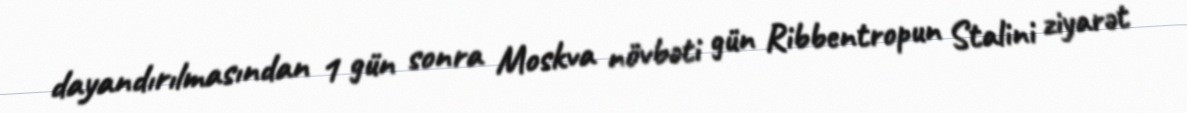
dayandırılmasından 1 gün sonra Moskva növbəti gün Ribbentropun Stalini ziyarət